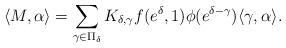
\begin{align*}\langle M,\alpha\rangle=\sum_{\gamma\in\Pi_{\delta}}K_{\delta,\gamma}f(e^{\delta},1)\phi(e^{\delta-\gamma})\langle\gamma,\alpha\rangle.\end{align*}